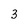
Character: 3